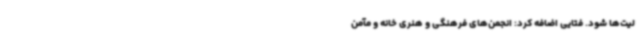
لیت‌ها شود. فتایی اضافه کرد: انجمن‌های فرهنگی و هنری خانه و مآمن